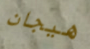
هيجان